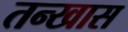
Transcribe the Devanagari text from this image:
तन्खास